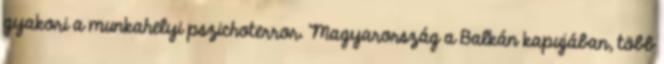
gyakori a munkahelyi pszichoterror. Magyarország a Balkán kapujában, több